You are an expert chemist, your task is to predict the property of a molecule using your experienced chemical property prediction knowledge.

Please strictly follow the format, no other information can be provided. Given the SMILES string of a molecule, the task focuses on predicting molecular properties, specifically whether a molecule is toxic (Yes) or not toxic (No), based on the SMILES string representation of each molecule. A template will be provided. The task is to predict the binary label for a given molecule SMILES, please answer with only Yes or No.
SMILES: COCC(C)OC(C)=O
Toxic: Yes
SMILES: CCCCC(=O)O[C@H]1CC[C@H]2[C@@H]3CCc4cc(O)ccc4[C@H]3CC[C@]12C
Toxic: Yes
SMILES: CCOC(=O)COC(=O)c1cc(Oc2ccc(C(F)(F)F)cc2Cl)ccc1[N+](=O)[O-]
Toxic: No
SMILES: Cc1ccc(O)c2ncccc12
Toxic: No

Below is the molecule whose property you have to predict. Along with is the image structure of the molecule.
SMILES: CC(=O)CCC1=C(C)CCCC1(C)C
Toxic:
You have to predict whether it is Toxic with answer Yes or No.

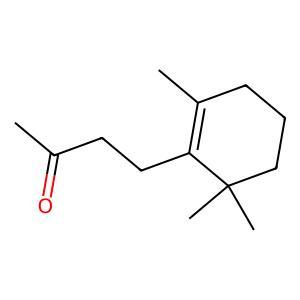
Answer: No